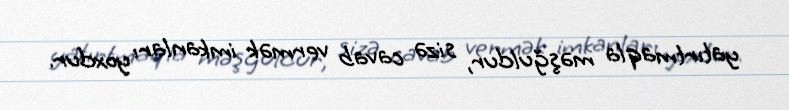
yatırtmaqla məşğuldur, sizə cavab vermək imkanları yoxdur.